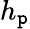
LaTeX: h_{\mathtt{p}}